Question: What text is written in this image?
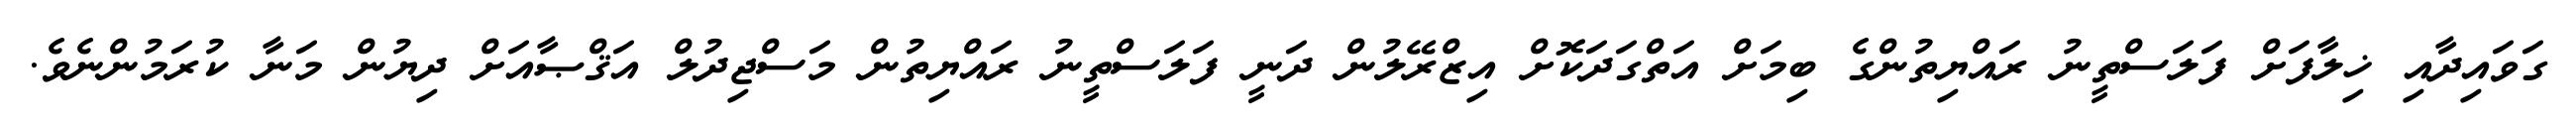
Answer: ގަވައިދާއި ޚިލާފަށް ފަލަސްތީނު ރައްޔިތުންގެ ބިމަށް އަތްގަދަކޮށް އިޒްރޭލުން ދަނީ ފަލަސްތީނު ރައްޔިތުން މަސްޖިދުލް އަޤްޞާއަށް ދިޔުން މަނާ ކުރަމުންނެވެ.